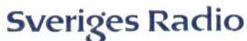
Sveriges Radio